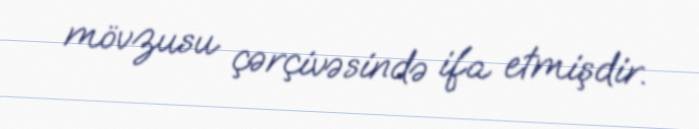
mövzusu çərçivəsində ifa etmişdir.